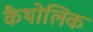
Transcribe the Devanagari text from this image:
कैथोलिक